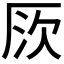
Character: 𠩗